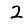
Digit: 2